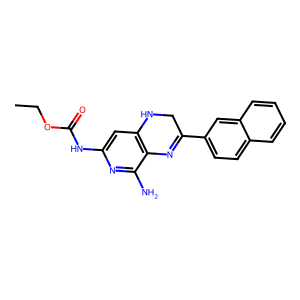
SMILES: CCOC(=O)Nc1cc2c(c(N)n1)N=C(c1ccc3ccccc3c1)CN2
Inhibits HIV replication: No